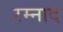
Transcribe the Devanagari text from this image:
रम्नाद